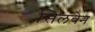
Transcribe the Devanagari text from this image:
सिलवेन